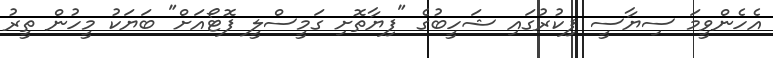
އެހެންވީމަ ސިޔާސީ ފިކުރުގައި ޝަހީބުގެ "ފިޔާތޮށި ގަމީސްލީ ފޮޓޯއަށް" ބަޔަކު މީހުން ތީރު